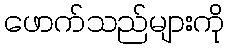
ဖောက်သည်များကို